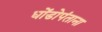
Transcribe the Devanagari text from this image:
धोंडोपंताना